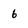
Character: b